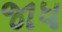
જાધ